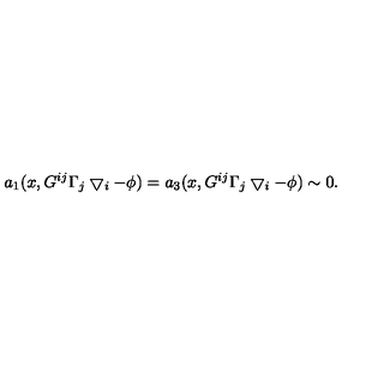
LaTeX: a _ { 1 } ( x , G ^ { i j } \Gamma _ { j } \bigtriangledown _ { i } - \phi ) = a _ { 3 } ( x , G ^ { i j } \Gamma _ { j } \bigtriangledown _ { i } - \phi ) \sim 0 .